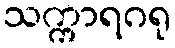
သက္ကာရဂရု